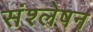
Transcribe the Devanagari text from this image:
संश्लेषन